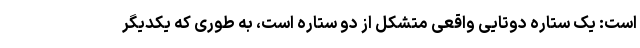
‌است: یک ستاره دوتایی واقعی متشکل از دو ستاره ‌است، به طوری که یکدیگر